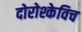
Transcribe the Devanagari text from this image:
दोरोश्केविच